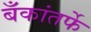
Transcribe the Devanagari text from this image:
बँकांतर्फे